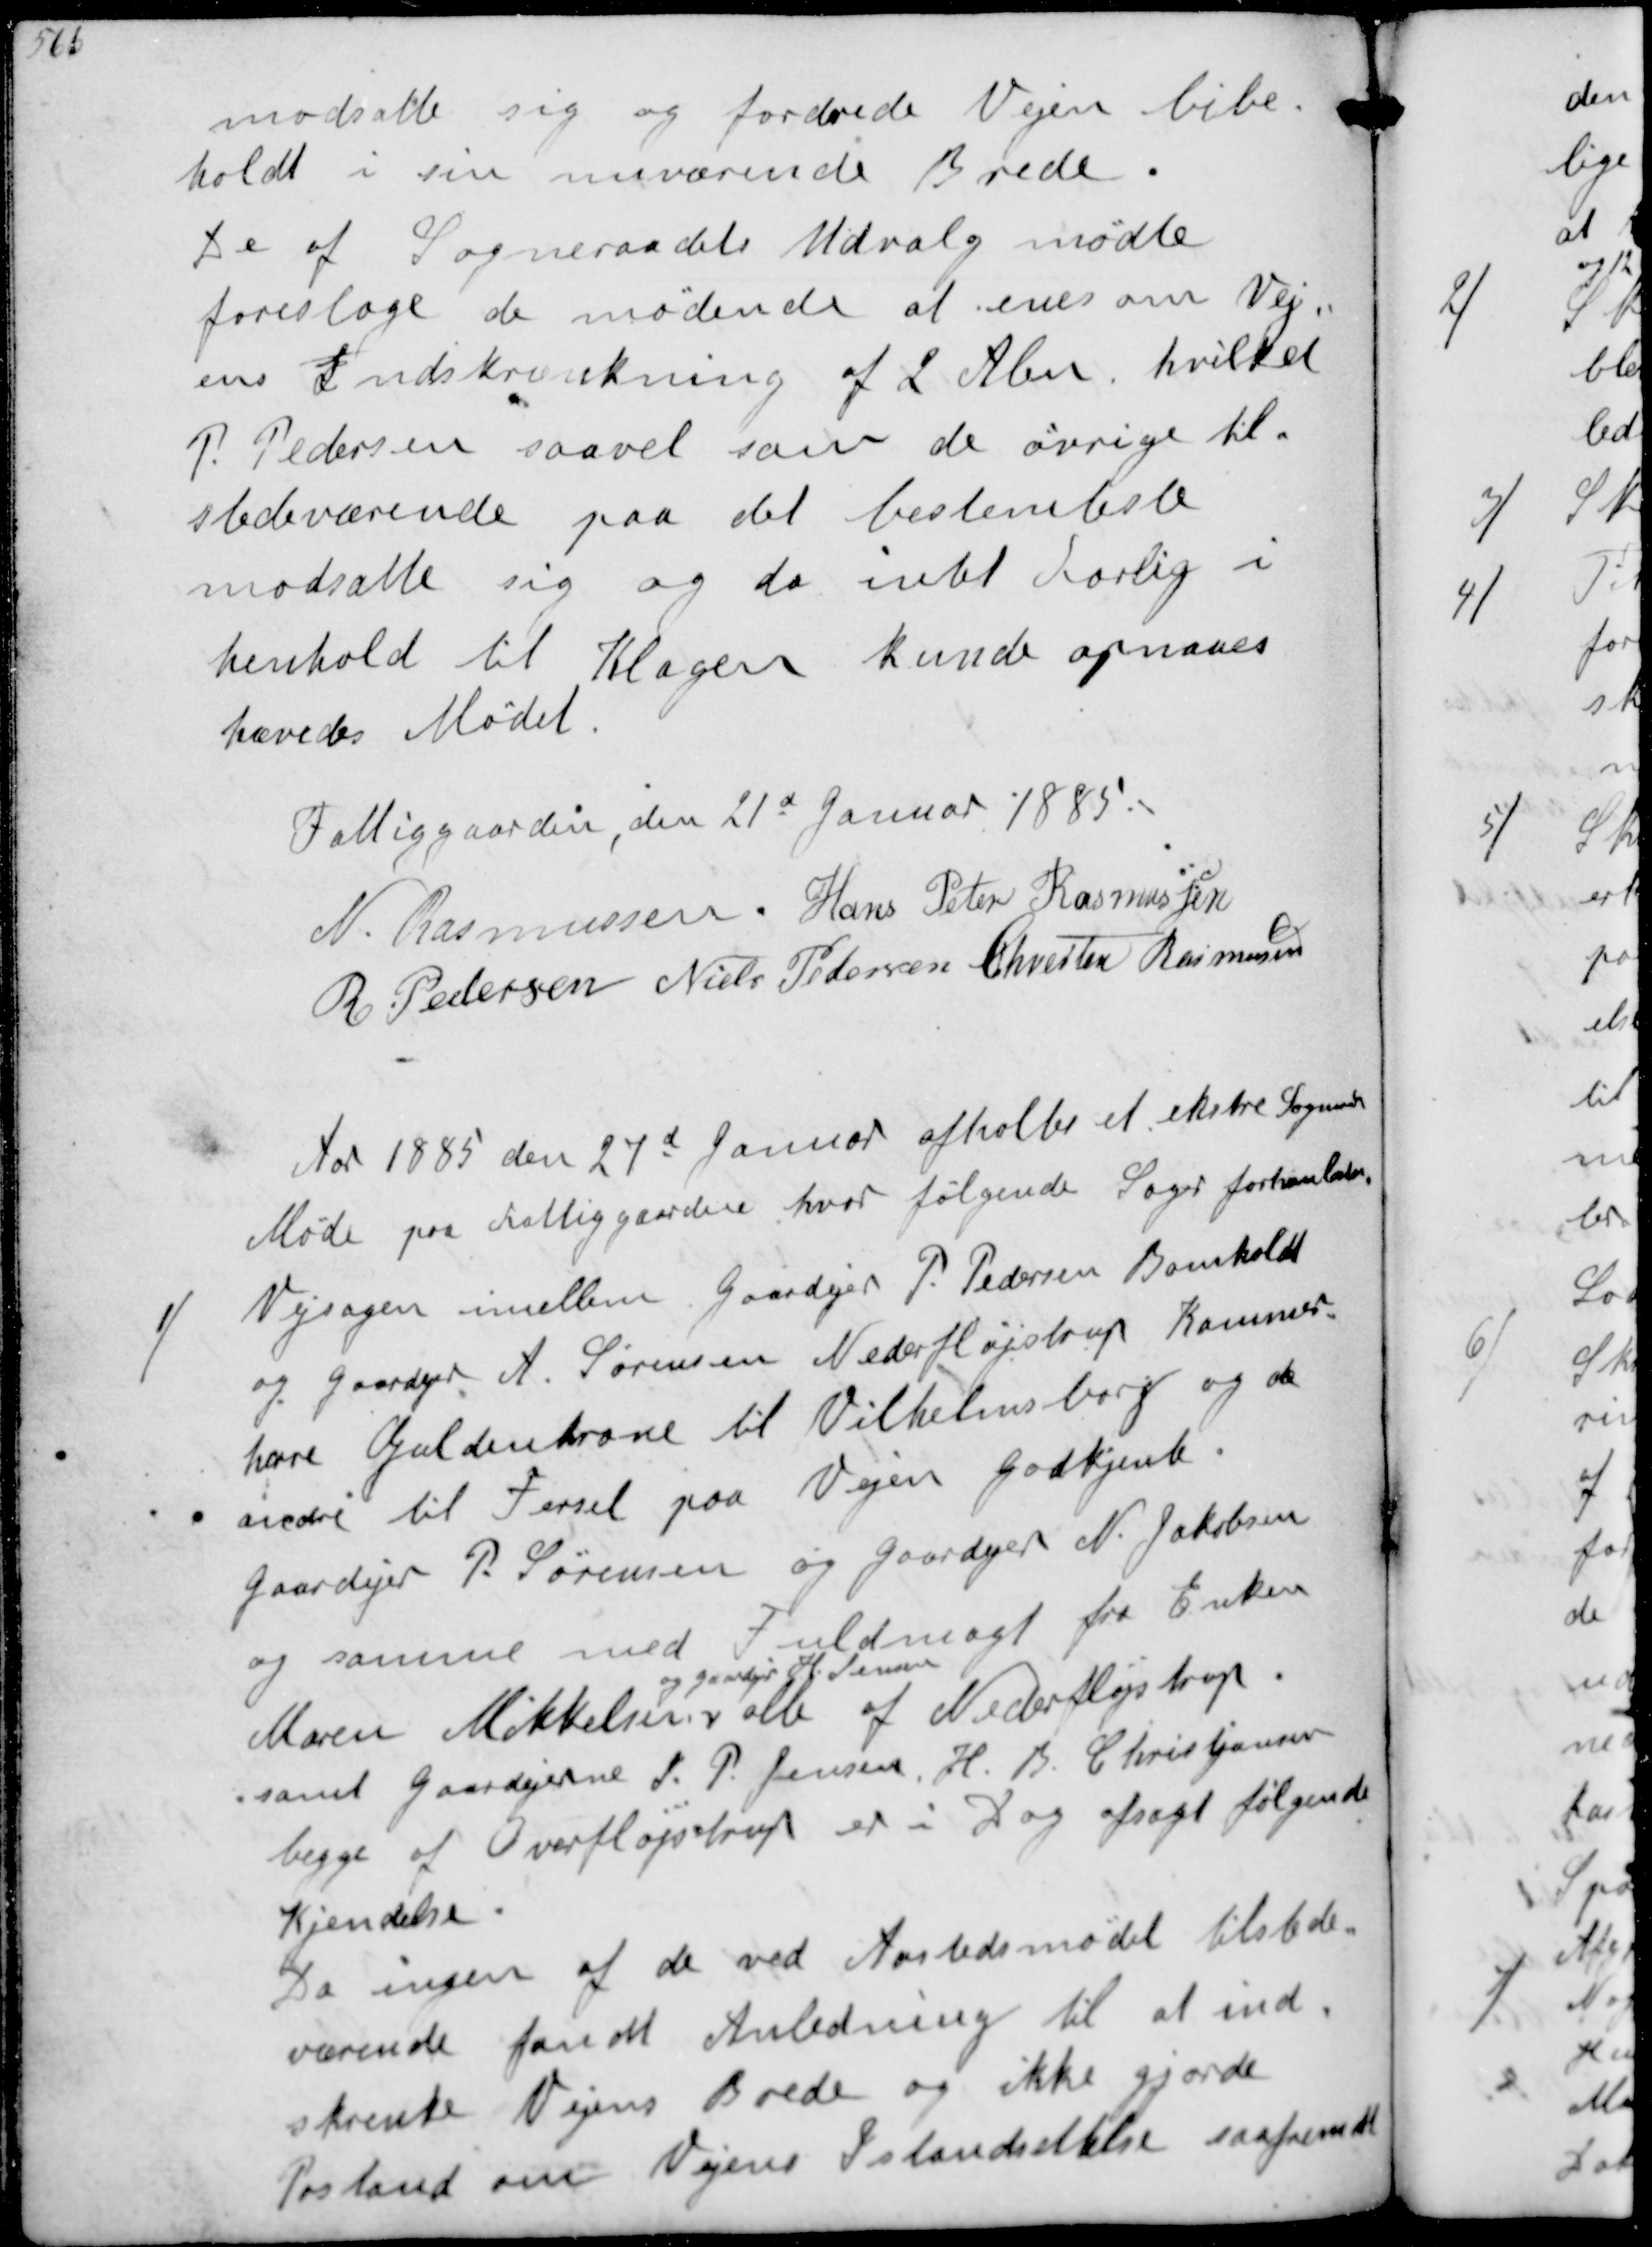
Transskription:
modsatte sig og fordrede Vejen Bibe-
holdt i sin nuværende Brede
De af Sopgneraadets Udvalg mødte
foresloge de mødende at enes om Vej-
ens Indskrænkning af 2 Alen, hvilket
P Pedersen saavel som de øvrige til-
stedeværende paa det bestemteste
modsatte sig og da intet Forlig i
henhold til Klagen kunde opnaaes
hævedes Mødet
Fattiggaarden, den 21d Januar 1885
N Rasmussen
Hans Peter Rasmussen
R Pedersen
Niels Pedersen
Chresten Rasmussen
Aar 1885 den 27d Januar afholtes et ekstre Sogneraads
Møde paa Fattiggaarden, hvor følgende Sager forhanledes
1/
Vejsagen imellem Gaardejer P Pedersen Bomholdt
og Gaardejer A Sørensen Nederfløjstrup Kammer-
herre Guldenkrone til Vilhelmsborg og de
andre til Fersel paa Vejen godkjente
Gaardejer P Sørensen og Gaardejer N Jacobsen
og samme med Fuldmagt fra Enken 
Maren Mikkelsen
og Gaardejer H Jensen
alle af Nederfløjstrup
samt Gaardejerne J P Jensen, H B Christjansen
begge af Overfløjstrup er i dag afsagt følgende
Kjendelse
Da ingen af de ved Aastedsmødet tilstede-
værende fandt Anledning til at ind-
skrenke Vejens Brede og ikke gjorde
Postand om Vejens Istandsættelse saafremdt